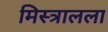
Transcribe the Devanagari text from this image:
मिस्त्रालला